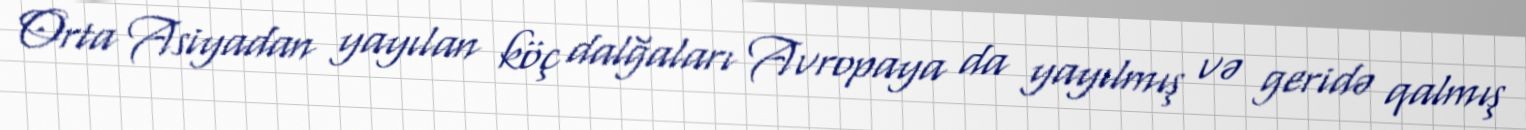
Orta Asiyadan yayılan köç dalğaları Avropaya da yayılmış və geridə qalmış